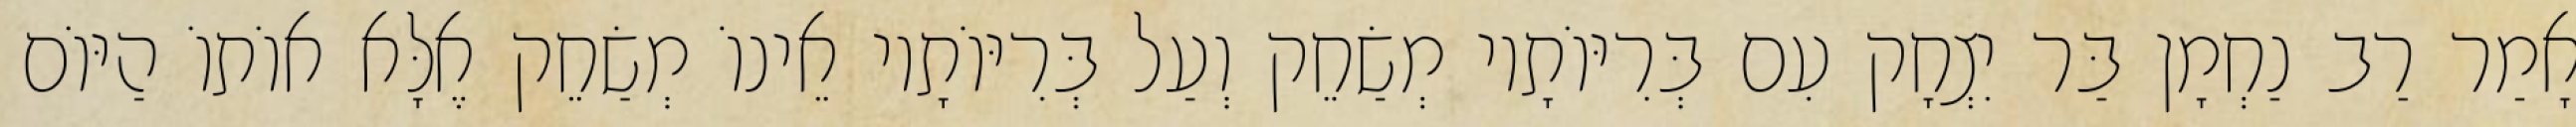
אָמַר רַב נַחְמָן בַּר יִצְחָק עִם בְּרִיּוֹתָיו מְשַׂחֵק וְעַל בְּרִיּוֹתָיו אֵינוֹ מְשַׂחֵק אֶלָּא אוֹתוֹ הַיּוֹם